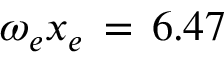
\omega _ { e } x _ { e } \, = \, 6 . 4 7